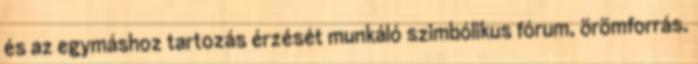
és az egymáshoz tartozás érzését munkáló szimbólikus fórum, örömforrás.